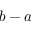
b - a